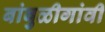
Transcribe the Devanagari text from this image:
बांबुळीगांवीं